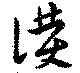
僕